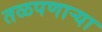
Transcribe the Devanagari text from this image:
तळपणार्‍या